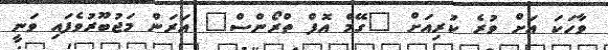
ވާހަކަ އަށް ވުރެ ކުރިއަށް "ގޭމް އޮފް ތްރޯންސް" އަރަން މަޖުބޫރުވެފައި ވަނީ